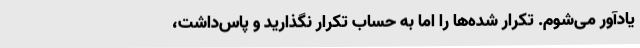
یادآور می‌شوم. تکرار شده‌ها را اما به حساب تکرار نگذارید و پاس‌داشت،